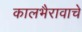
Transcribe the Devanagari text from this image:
कालभैरावाचे